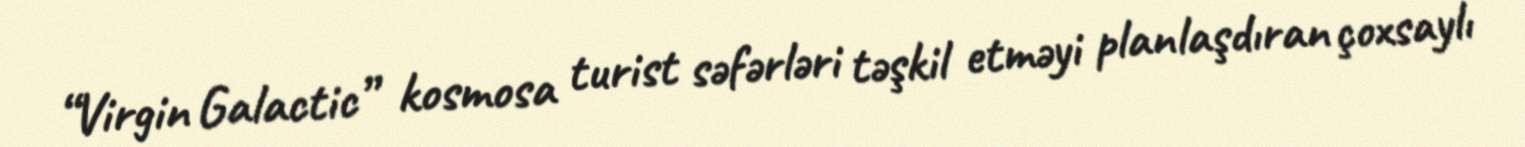
“Virgin Galactic” kosmosa turist səfərləri təşkil etməyi planlaşdıran çoxsaylı